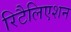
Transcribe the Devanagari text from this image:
रिटैलिएशन